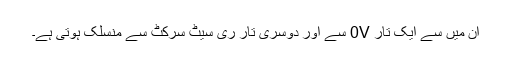
ان میں سے ایک تار 0V سے اور دوسری تار ری سیٹ سرکٹ سے منسلک ہوتی ہے۔